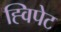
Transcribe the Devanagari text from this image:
ह्विपेट